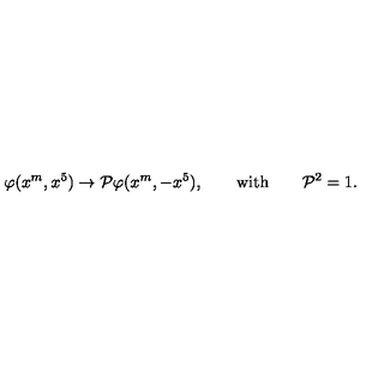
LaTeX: \varphi ( x ^ { m } , x ^ { 5 } ) \to { \cal P } \varphi ( x ^ { m } , - x ^ { 5 } ) , \qquad \mathrm { w i t h } \qquad { \cal P } ^ { 2 } = 1 .